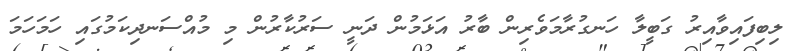
ލިބިފައިވާއިރު ގަބީލާ ހަނގުރާމަވެރިން ބާރު އަޅަމުން ދަނީ ސަރުކާރުން މި މުއްސަނދިކަމުގައި ހަމަހަމަ